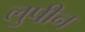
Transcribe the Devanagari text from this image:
लुपीन